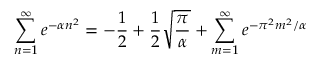
\sum _ { n = 1 } ^ { \infty } e ^ { - \alpha n ^ { 2 } } = - { \frac { 1 } { 2 } } + { \frac { 1 } { 2 } } \sqrt { \frac { \pi } { \alpha } } + \sum _ { m = 1 } ^ { \infty } e ^ { - \pi ^ { 2 } m ^ { 2 } / \alpha }